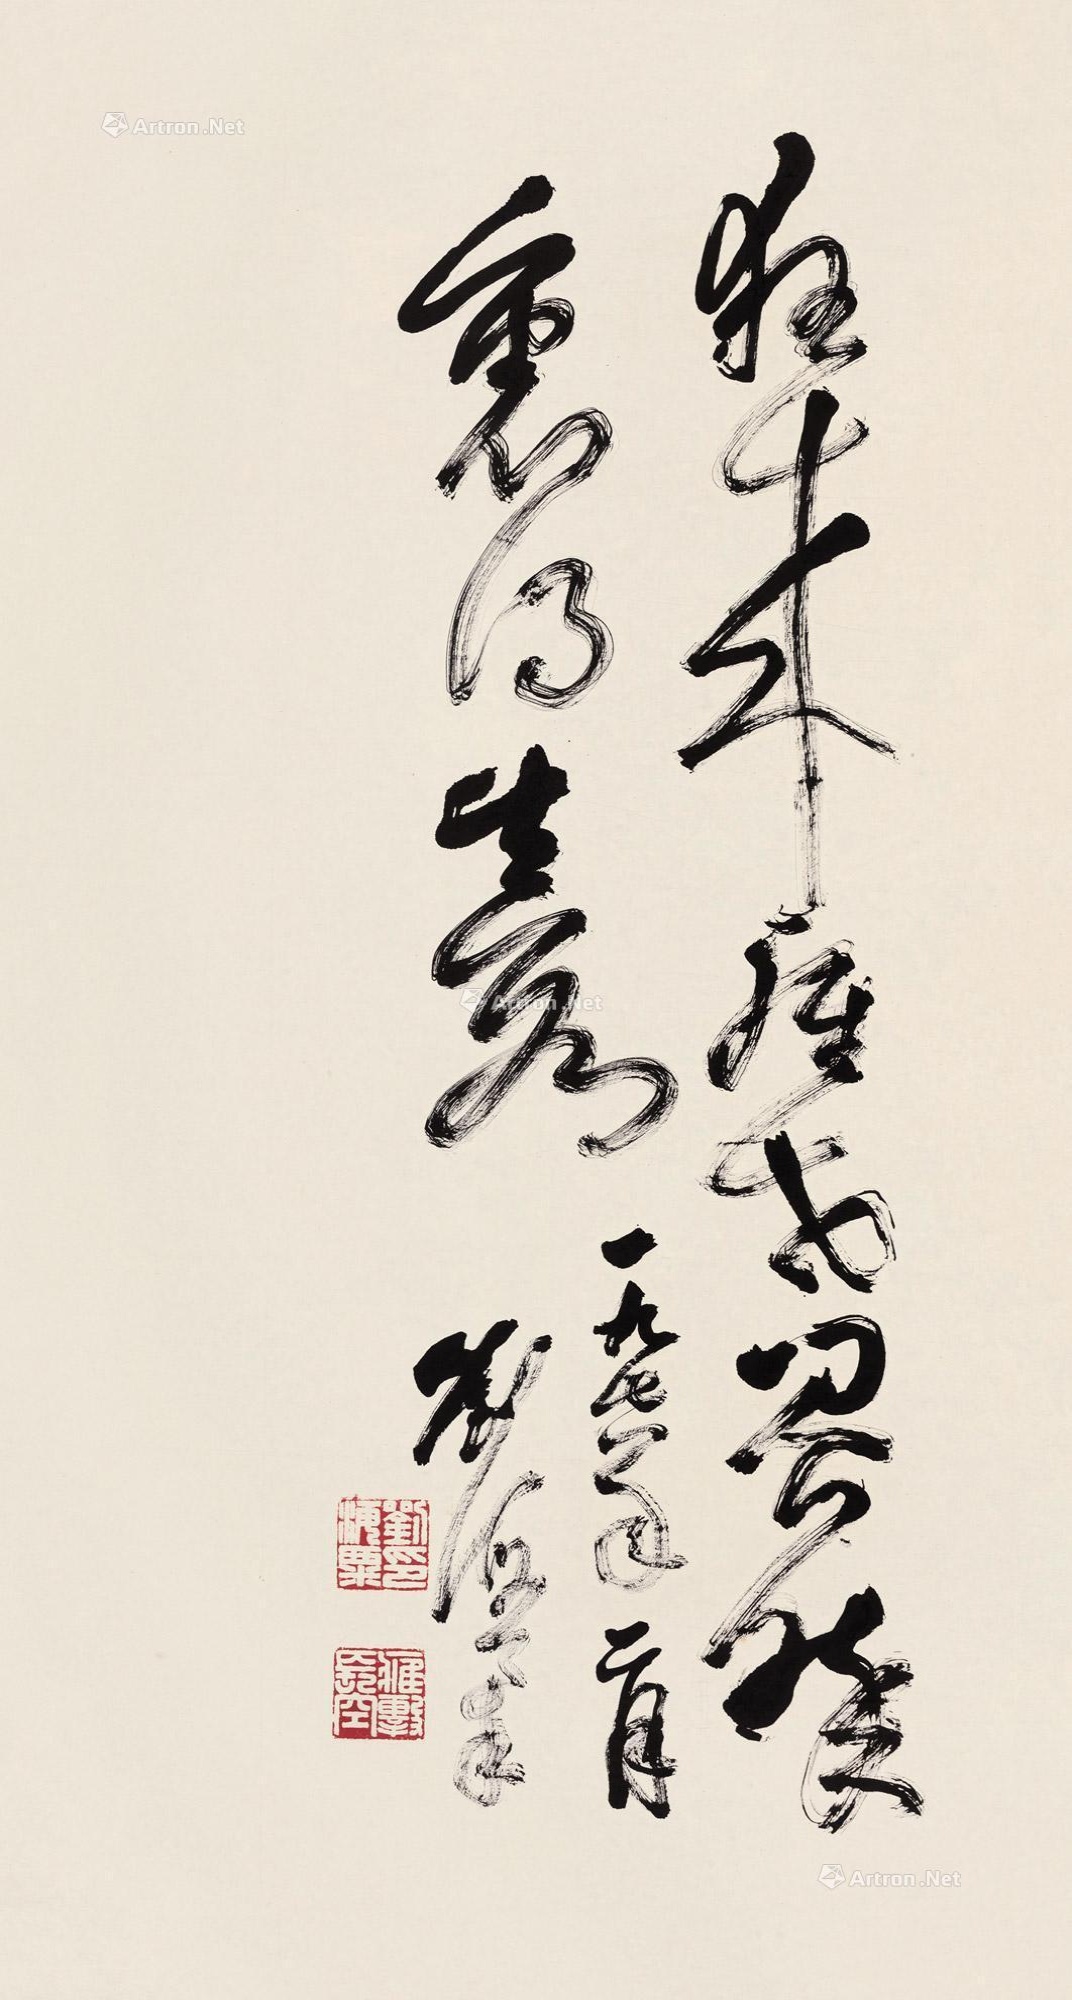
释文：狂来轻世界，醉里得真如。一九七八年二月，刘海粟。